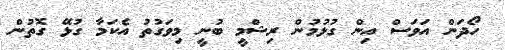
ހޯދަން އަވަސް އިން ގުޅުމުން ރިޝްމީ ބުނީ މިވަގުތު އެކަމާ ގުޅޭ ގޮތުން